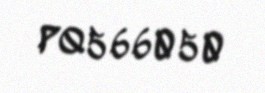
PQ566050